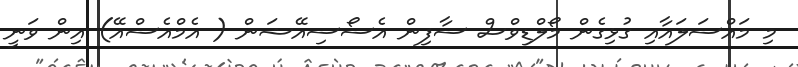
މި މައްސަލައާއި ގުޅިގެން މޯލްޑިވްސް ސާފިން އެސޯސިއޭޝަން ( އެމްއެސްއޭ) އިން ވަނީ